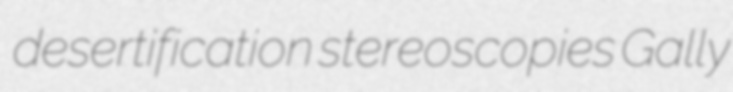
desertification stereoscopies Gally